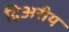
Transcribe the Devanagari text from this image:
द्विअरीय